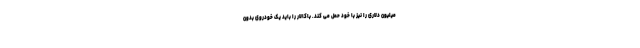
میلیون دلاری را نیز با خود حمل می کند. باکالار را باید یک خودروی بدون